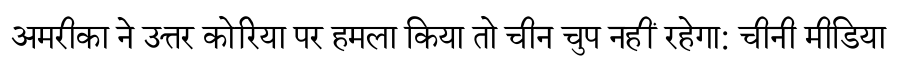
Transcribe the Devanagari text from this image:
अमरीका ने उत्तर कोरिया पर हमला किया तो चीन चुप नहीं रहेगा: चीनी मीडिया